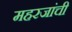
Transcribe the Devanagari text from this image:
महरजांची